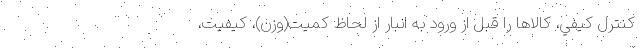
كنترل كيفي، كالاها را قبل از ورود به انبار از لحاظ کمیت(وزن)، كيفيت،